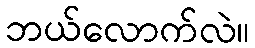
ဘယ်လောက်လဲ။